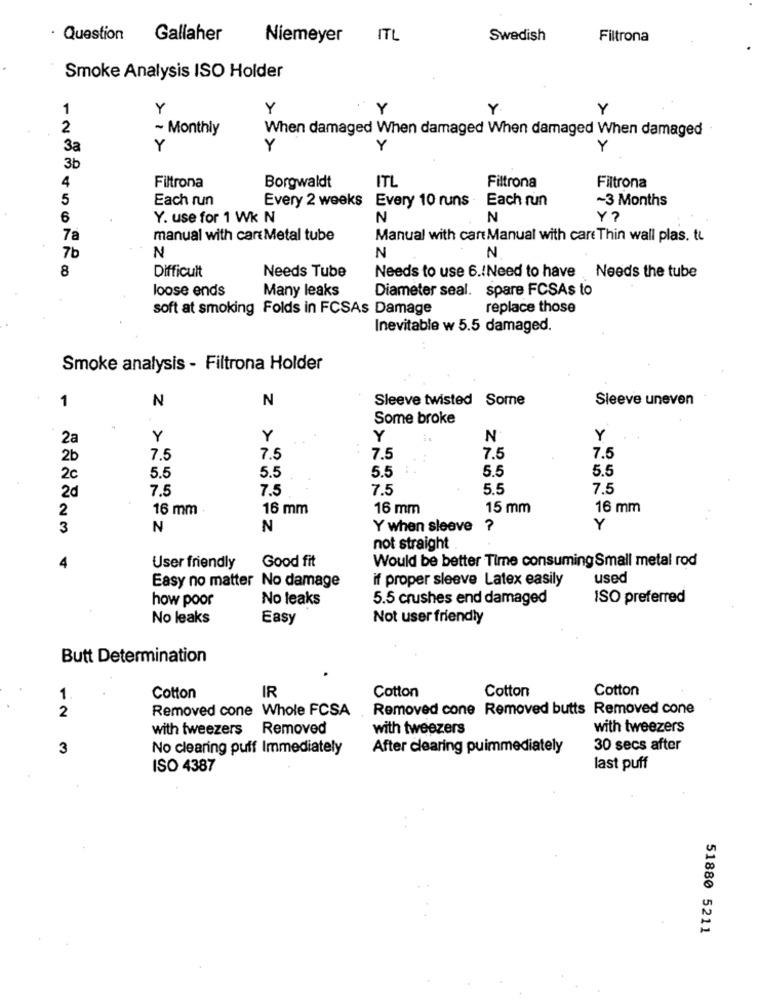
Question Gallaher
Niemeyer
ITL
Swedish
Filtrona
Smoke Analysis ISO Holder
1
Y
Y
Y
Y
Y
2
~ Monthly
When damaged When damaged When damaged When damaged
3a
Y
Y
Y
Y
3b
4
ITL
Filtrona
Filtrona
Borgwaldt
Filtrona
5
Each run
Every 2 weeks
Every 10 runs . Each run
~3 Months
6
Y. use for 1 Wk N
N
N
Y ?
7ª
manual with cartMetal tube
Manual with cart Manual with care Thin wall plas. tu
7b
N
N
N
8
Difficult
Needs Tube
Needs to use 6./Need to have Needs the tube
loose ends
Many leaks
Diameter seal. spare FCSAs to
soft at smoking Folds in FCSAs Damage
replace those
Inevitable w 5.5 damaged.
Smoke analysis - Filtrona Holder
1
N
N
Sleeve twisted Some
Sleeve uneven
Some broke
2a
Y
Y
Y
N
Y
2b
7.5
7.5
7.5
7.5
7.5
5.5
5.5
2c
5.5
5.5
5.5
20
7.5
7.5
5.5
7.5
7.5
2
16 mm
16 mm
16 mm
15 mm
16 mm
3
N
N
Y when sleeve ?
Y
not straight
4
Good fit
Would be better Time consumingSmall metal rod
User friendly
Easy no matter No damage
if proper sleeve Latex easily
used
how poor
No leaks
5.5 crushes end damaged
ISO preferred
No leaks
Easy
Not user friendly
Butt Determination
IR
Cotton
Cotton
Cotton
1
Cotton
2
Removed cone Whole FCSA
Removed cone Removed butts Removed cone
with tweezers Removed
with tweezers
with tweezers
3
No clearing puff Immediately
After clearing puimmediately
30 secs after
ISO 4387
last puff
51880 5211